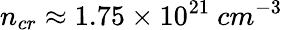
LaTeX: n_{cr}\approx 1.75\times 10^{21}~cm^{−3}